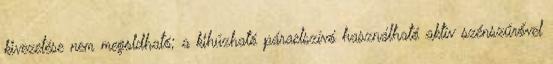
kivezetése nem megoldható; a kihúzható páraelszívó használható aktív szénszűrővel